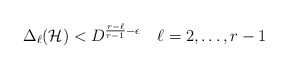
\begin{align*} \Delta_\ell( {\mathcal H} ) < D^{ \frac{r-\ell}{r-1} - \epsilon} \ \ \ \ell = 2, \dots, r-1 \end{align*}